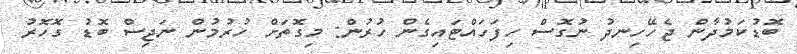
ބޮޑުކަމުދާން ޖެހޭހިނދު ނުގޮސް ހިފަހައްޓައިގެން ހުރުން: މިގޮތަށް ހުރުމުން ނަޖިސް ބޮޑު ގޮހޮރު